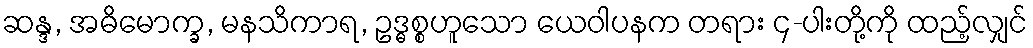
ဆန္ဒ, အဓိမောက္ခ, မနသိကာရ, ဥဒ္ဓစ္စဟူသော ယေဝါပနက တရား ၄-ပါးတို့ကို ထည့်လျှင်